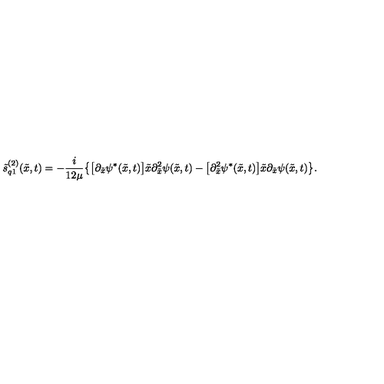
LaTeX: \tilde { s } _ { q 1 } ^ { ( 2 ) } ( \tilde { x } , t ) = - \frac { i } { 1 2 \mu } \bigl \{ \bigl [ \partial _ { \tilde { x } } \psi ^ { * } ( \tilde { x } , t ) \bigr ] \tilde { x } \partial _ { \tilde { x } } ^ { 2 } \psi ( \tilde { x } , t ) - \bigl [ \partial _ { \tilde { x } } ^ { 2 } \psi ^ { * } ( \tilde { x } , t ) \bigr ] \tilde { x } \partial _ { \tilde { x } } \psi ( \tilde { x } , t ) \bigr \} .